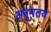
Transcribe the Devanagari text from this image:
अनुमतय